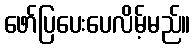
ဖော်ပြပေးပေလိမ့်မည်။